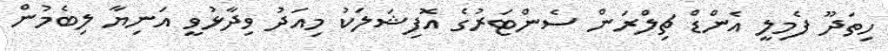
ހިތަދޫ ފެމިލީ އެންޑް ޗިލްރަން ސެންޓަރުގެ އޮފިޝަލަކު މިއަދު ވިދާޅުވީ އަނިޔާ ލިބެމުން